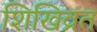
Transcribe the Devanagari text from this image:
शिखिव्रत